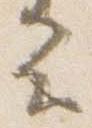
云